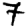
Digit: 7